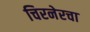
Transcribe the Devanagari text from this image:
चिरनेरचा